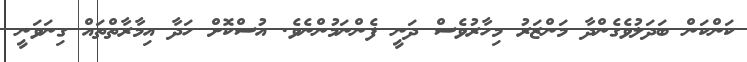
ކަންކަން ބަދަލުވެގެންދާ މަންޒަރު މިހާރުވެސް ދަނީ ފެންނަމުންނެވެ. އުސްކޮށް ހަދާ އިމާރާތްތައް ގިނަވަނީ